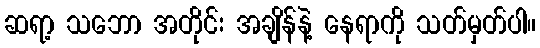
ဆရာ့ သဘော အတိုင်း အချိန်နဲ့ နေရာကို သတ်မှတ်ပါ။